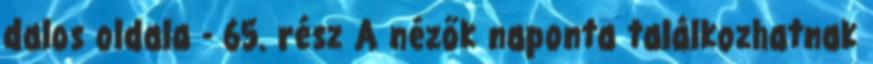
dalos oldala - 65. rész A nézők naponta találkozhatnak